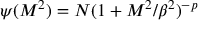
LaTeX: \psi ( { \cal M } ^ { 2 } ) = N ( 1 + { \cal M } ^ { 2 } / \beta ^ { 2 } ) ^ { - p }